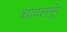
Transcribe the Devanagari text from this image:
चावलमूंग